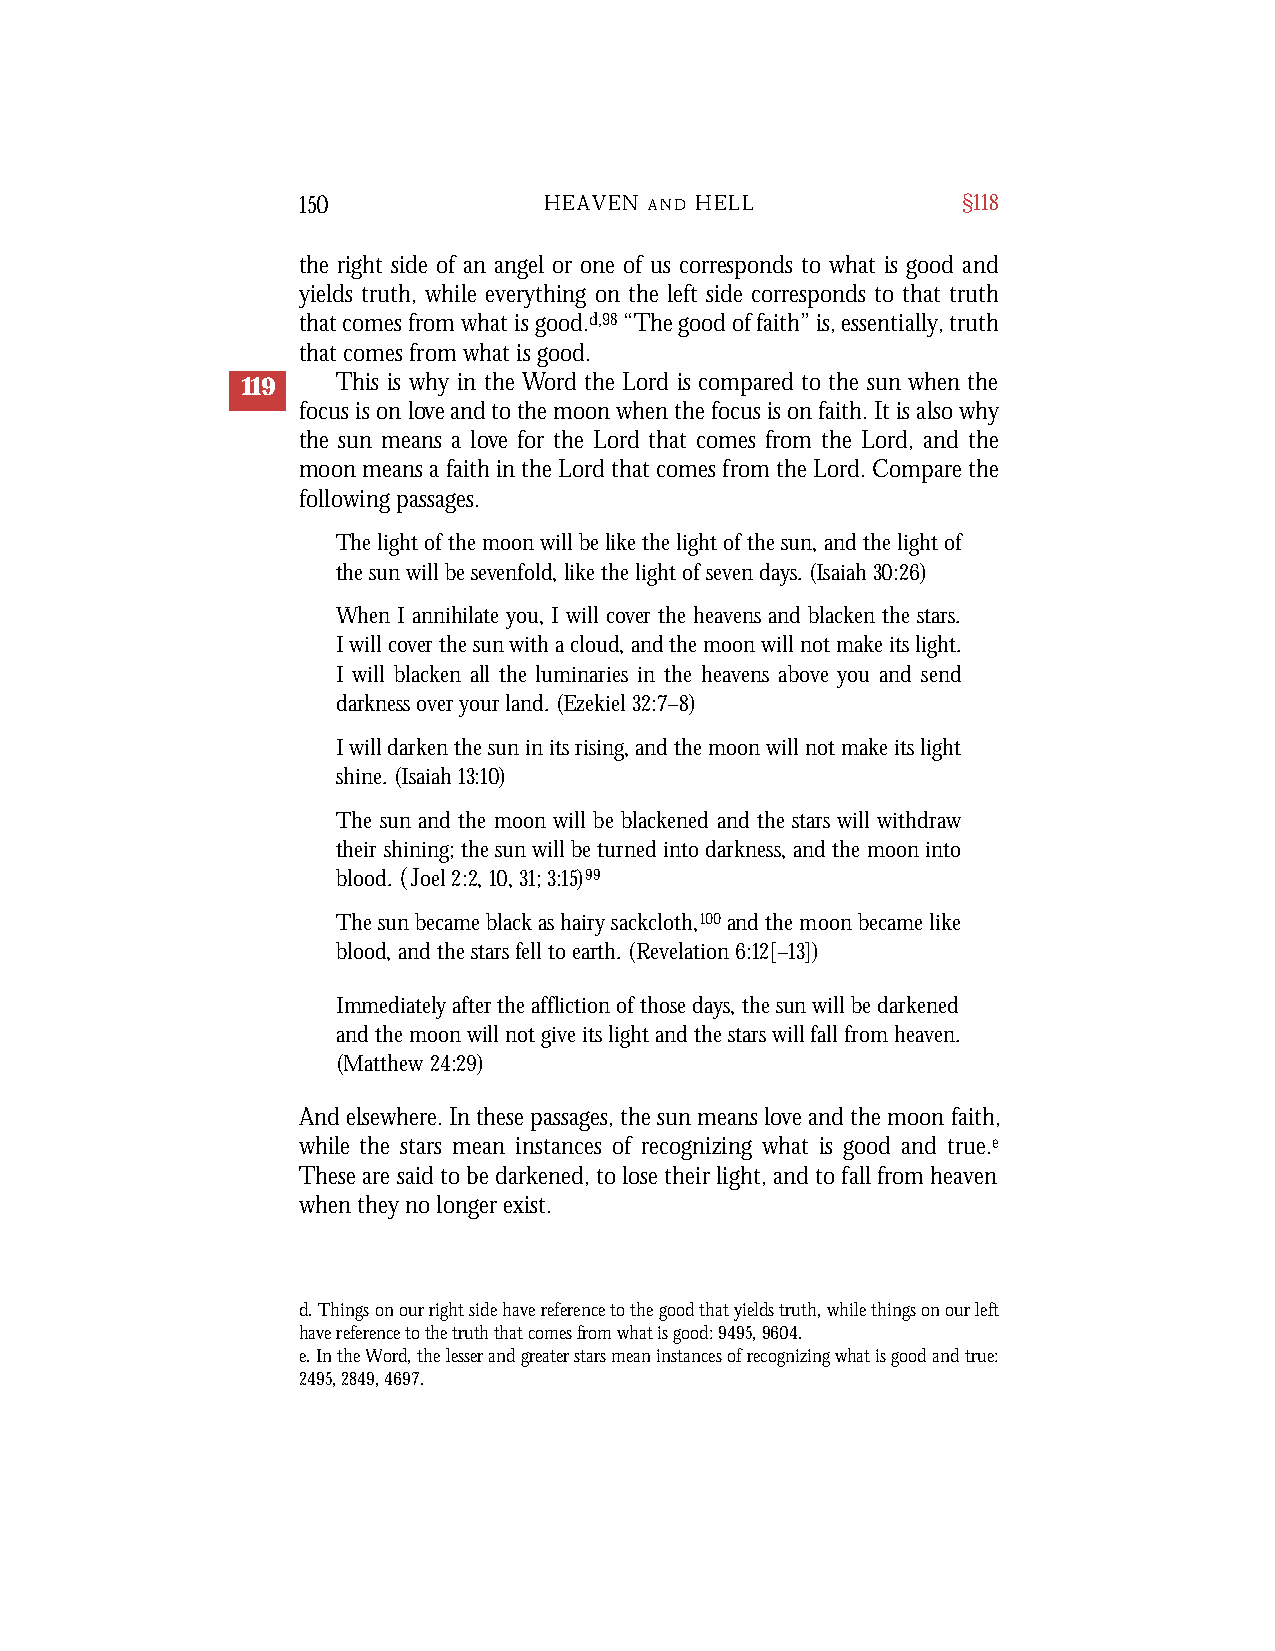
150             HEAVEN A N D H E L L        §118
 the right side of an angel or one of us corresponds to what is good and
 yields truth, while everything on the left side corresponds to that truth
 that comes from what is good.d,98“The good of faith” is, essentially, truth
 that comes from what is good.
 119   This is why in the Word the Lord is compared to the sun when the
 focus is on love and to the moon when the focus is on faith. It is also why
 the sun means a love for the Lord that comes from the Lord, and the
 moon means a faith in the Lord that comes from the Lord. Compare the
 following passages.
 The light of the moon will be like the light of the sun, and the light of
 the sun will be sevenfold, like the light of seven days. (Isaiah 30:26)
 When I annihilate you, I will cover the heavens and blacken the stars.
 I will cover the sun with a cloud, and the moon will not make its light.
 I will blacken all the luminaries in the heavens above you and send
 darkness over your land. (Ezekiel 32:7–8)
 I will darken the sun in its rising, and the moon will not make its light
 shine. (Isaiah 13:10)
 The sun and the moon will be blackened and the stars will withdraw
 their shining; the sun will be turned into darkness, and the moon into
 blood. (Joel 2:2, 10, 31; 3:15)99
 The sun became black as hairy sackcloth,100and the moon became like
 blood, and the stars fell to earth. (Revelation 6:12[–13])
 Immediately after the affliction of those days, the sun will be darkened
 and the moon will not give its light and the stars will fall from heaven.
 (Matthew 24:29)
 And elsewhere. In these passages, the sun means love and the moon faith,
 while the stars mean instances of recognizing what is good and true.e
 These are said to be darkened, to lose their light, and to fall from heaven
 when they no longer exist.
 d. Things on our right side have reference to the good that yields truth, while things on our left
 have reference to the truth that comes from what is good: 9495, 9604.
 e. In the Word, the lesser and greater stars mean instances of recognizing what is good and true:
 2495, 2849, 4697.